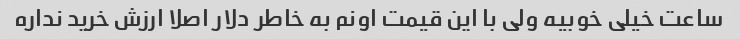
ساعت خیلی خوبیه ولی با این قیمت اونم به خاطر دلار اصلا ارزش خرید نداره